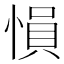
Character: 愪